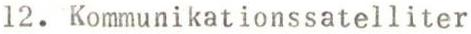
12. Kommunikationssatelliter